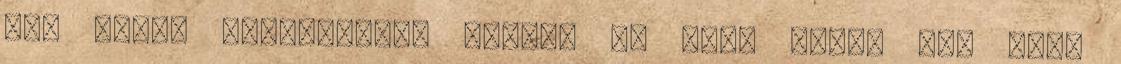
jót várok mindenkitől Minden le volt írva, ami csak